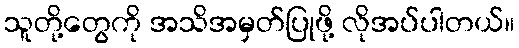
သူတို့တွေကို အသိအမှတ်ပြုဖို့ လိုအပ်ပါတယ်။